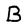
Character: B